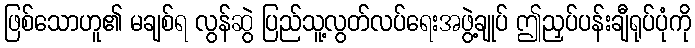
ဖြစ်သောဟူ၏ မချစ်ရ လွန်ဆွဲ ပြည်သူ့လွတ်လပ်ရေးအဖွဲ့ချုပ် ဤညှပ်ပန်းချီရုပ်ပုံကို